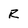
Character: R